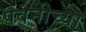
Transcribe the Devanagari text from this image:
पवनीच्या